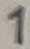
Text: 1